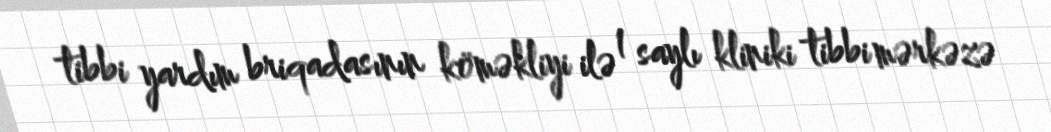
tibbi yardım briqadasının köməkliyi ilə 1 saylı kliniki tibbi mərkəzə